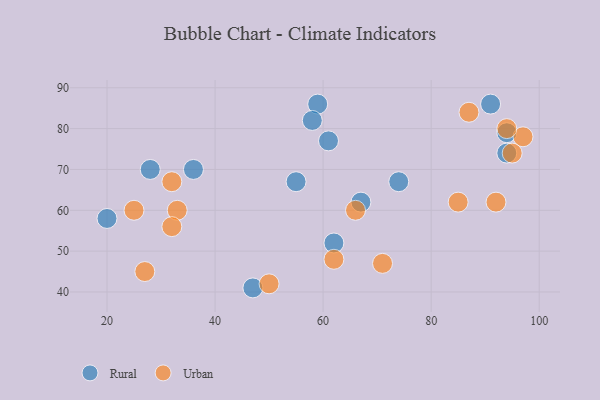
{"axis": {"x": "GDP", "y": "Life Expectancy"}, "legend": ["Rural", "Urban"], "data": [{"x": "55", "y": 67, "type": "Rural"}, {"x": "59", "y": 86, "type": "Rural"}, {"x": "62", "y": 52, "type": "Rural"}, {"x": "67", "y": 62, "type": "Rural"}, {"x": "74", "y": 67, "type": "Rural"}, {"x": "36", "y": 70, "type": "Rural"}, {"x": "20", "y": 58, "type": "Rural"}, {"x": "47", "y": 41, "type": "Rural"}, {"x": "94", "y": 74, "type": "Rural"}, {"x": "61", "y": 77, "type": "Rural"}, {"x": "91", "y": 86, "type": "Rural"}, {"x": "28", "y": 70, "type": "Rural"}, {"x": "58", "y": 82, "type": "Rural"}, {"x": "94", "y": 79, "type": "Rural"}, {"x": "97", "y": 78, "type": "Urban"}, {"x": "25", "y": 60, "type": "Urban"}, {"x": "33", "y": 60, "type": "Urban"}, {"x": "94", "y": 80, "type": "Urban"}, {"x": "71", "y": 47, "type": "Urban"}, {"x": "66", "y": 60, "type": "Urban"}, {"x": "27", "y": 45, "type": "Urban"}, {"x": "32", "y": 67, "type": "Urban"}, {"x": "50", "y": 42, "type": "Urban"}, {"x": "85", "y": 62, "type": "Urban"}, {"x": "92", "y": 62, "type": "Urban"}, {"x": "87", "y": 84, "type": "Urban"}, {"x": "32", "y": 56, "type": "Urban"}, {"x": "62", "y": 48, "type": "Urban"}, {"x": "95", "y": 74, "type": "Urban"}]}